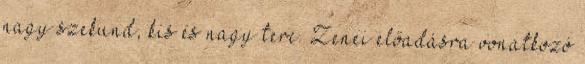
nagy szekund, kis és nagy terc. Zenei előadásra vonatkozó